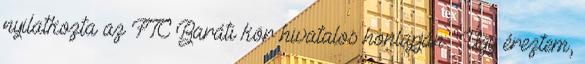
nyilatkozta az FTC Baráti kör hivatalos honlapján: "Úgy éreztem,